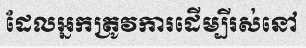
ដែលអ្នកត្រូវការដើម្បីរស់នៅ